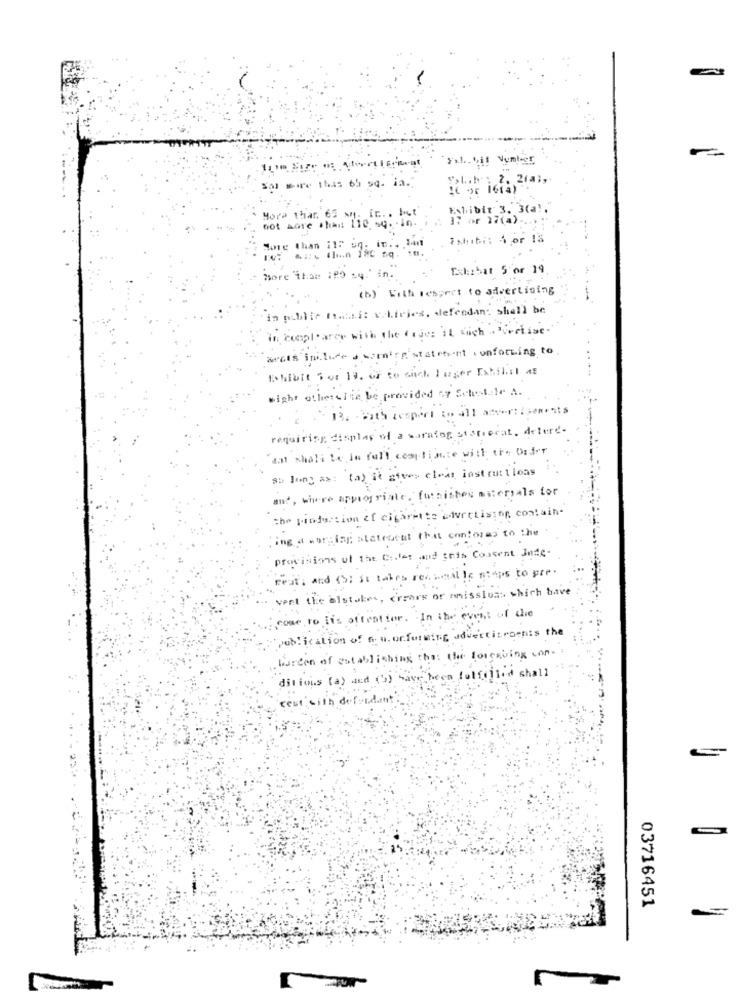
Re-at
Fil .. bif Number
sal mare this 65 sq. in.
">L.b. : 2. 2fal,
Exhibit 3. 3(a !.
Hora Thar.
not hore .han 110
17 or 17(a).
7xhibi: 4 or 15
Sore than Ile S
11 ...
Tal :: bat 5'or 19
More than :PO su." in.
(b) Erth respect to advertising
"in public massi: vehicles, defendan: shall be
in cooplarey with the fries it sich . declase
acts inilude s warning'statement conforting to
Exhibit For 19. of to wach Juger Exhibit as
Might otherwise be provided oy Schel le A.
2 132 - bath respect to all assert :sements
requiring display of a suratog stanecat. detere-
"aat shall be in full comptince with the Order
au long as: (a) it afves eleis instructions
and, where appropriate, furnishes misteryals for
the production of cigarette advertising contain-
ing a war ing statement that contores to the
provisions of the Codes and gris Cousent Inte-
feat: and (5) it takes rex waal le steps to pre.
vent the alstakes, crears or amission which have
come to its offeation. In the event of the
"publication of n. m. onforming advertitroenis the
burden of establishing the: the Forcebing con-
ditious (a) and (3) have been fulfilled shall
ceut with defendant
03716451